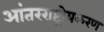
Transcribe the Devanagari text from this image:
आंतरराष्ट्रीयकरण